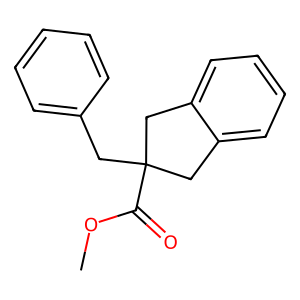
SMILES: COC(=O)C1(Cc2ccccc2)Cc2ccccc2C1
Inhibits HIV replication: No